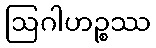
ဩဂါဟဉ္စဿ